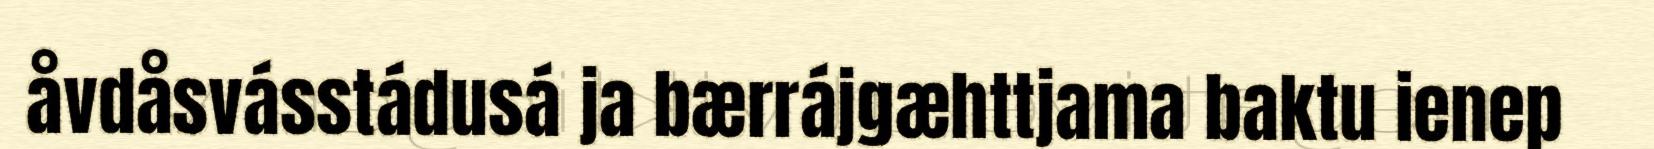
åvdåsvásstádusá ja bærrájgæhttjama baktu ienep